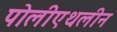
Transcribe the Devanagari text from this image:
पोलीएथलीन